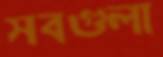
সবগুলা